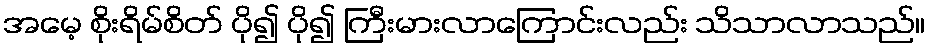
အမေ့ စိုးရိမ်စိတ် ပို၍ ပို၍ ကြီးမားလာကြောင်းလည်း သိသာလာသည်။